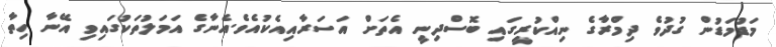
މަޑުމަޑުން ގުދުވެ ދިމްރާގެ ނިއްކުރީގައި ބޮސްދިނީ އެތަށް އަސަރާއިއެކުއެވެ.އެނާގެ އަމަލުތަކުގައިވި އޭނާ ހިތާ